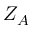
Z _ { A }